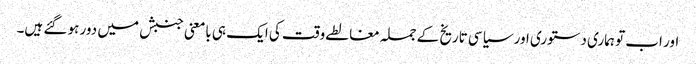
اور اب تو ہماری دستوری اور سیاسی تاریخ کے جملہ مغالطے وقت کی ایک ہی بامعنی جنبش میں دور ہو گئے ہیں۔